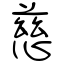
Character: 慈